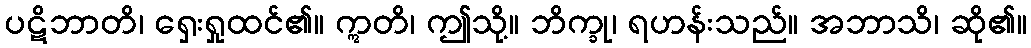
ပဋိဘာတိ၊ ရှေးရှုထင်၏။ ဣတိ၊ ဤသို့။ ဘိက္ခု၊ ရဟန်းသည်။ အဘာသိ၊ ဆို၏။